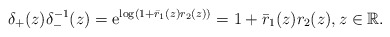
\begin{align*}\delta_{+}(z) \delta_{-}^{-1}(z)=\mathrm{e}^{\log \left(1+\bar{r}_1(z) r_2(z)\right)}=1+\bar{r}_1(z) r_2(z),z \in \mathbb{R}.\end{align*}